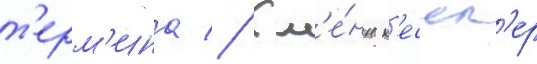
т'ерм'ина // Гл'е́нн к'ессл'ер